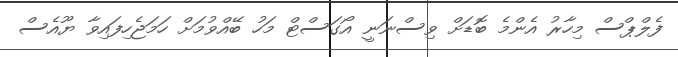
ފެލްޕްސް މިހާރު އެންމެ ބޮޑަށް ވިސްނަނީ އޯގަސްޓް މަހު ބޭއްވުމަށް ހަމަޖެހިފައިވާ ޔޫއެސް